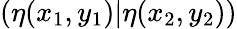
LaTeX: (\eta(x_{1},y_{1})\vert\eta(x_{2},y_{2}))